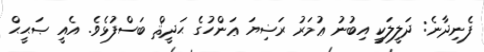
ފެނިދާނެ: ދަލީލަކީ އިބުނު ޢުމަރު ރަޟިޔަ ޢަންހުގެ ޙަދީޘް ބަސްފުޅެވެ. އެއީ ޞަޙީޙް